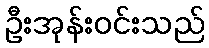
ဦးအုန်းဝင်းသည်